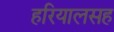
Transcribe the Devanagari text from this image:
हरियालसह